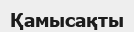
Қамысақты